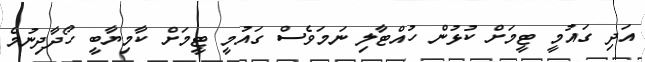
އަދި ގައުމީ ޓީމަށް ކުޅުން ހުއްޓާލި ނަމަވެސް ގައުމީ ޓީމަށް ކާމިޔާބީ ހޯދާދިނުމެ